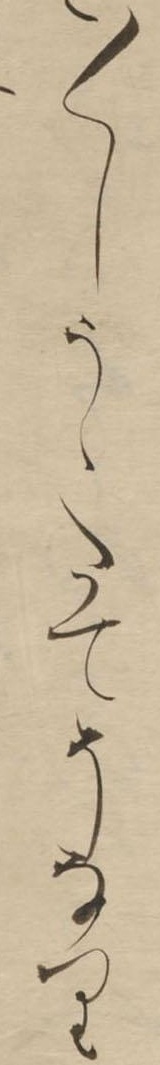
〱しうゝたてそなり